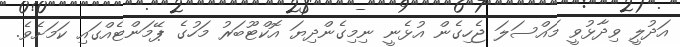
އަދުލީ ވިދާޅުވީ މައްސަލަ ޖެހިގެން އުޅެނީ ނިމިގެންދިޔަ އޮކްޓޫބަރު މަހުގެ ޕޭމަންޓެއްގައި ކަމަށެވެ.